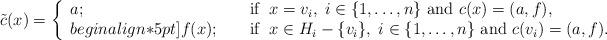
LaTeX: \begin{align*}\tilde{c}(x)=\left\{ \begin{array}{lll}a; && \textnormal{ if }\; x=v_i,\; i\in \{1,\ldots,n\}\textnormal{ and } c(x) = (a,f),\\begin{align*}5pt]f(x); && \textnormal{ if } \; x\in H_i - \{v_i\},\; i\in \{1,\ldots,n\} \textnormal{ and } c(v_i)=(a,f).\end{array}\right.\end{align*}